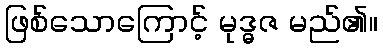
ဖြစ်သောကြောင့် မုဒ္ဓဇ မည်၏။